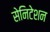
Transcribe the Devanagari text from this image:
सेनिटेशन